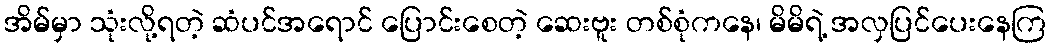
အိမ်မှာ သုံးလို့ရတဲ့ ဆံပင်အရောင် ပြောင်းစေတဲ့ ဆေးဗူး တစ်စုံကနေ၊ မိမိရဲ့ အလှပြင်ပေးနေကြ